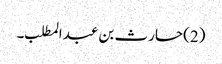
(2)حارث بن عبدالمطلب ۔